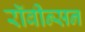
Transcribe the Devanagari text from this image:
रॉबीन्सन